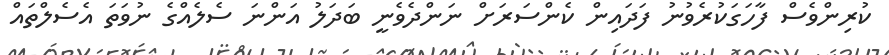
ކުރިންވެސް ފާހަގަކުރެވުނު ފަދައިން ކެންސަރަށް ނަންދެވެނީ ބަދަލު އަންނަ ސެލެއްގެ ނުވަތަ އެސެލްތައް